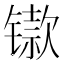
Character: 𫔋